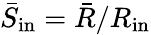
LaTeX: \bar{S}_{\mathrm{in}}=\bar{R}/R_{\mathrm{in}}